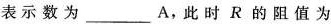
表示数为___A，此时R的阻值为